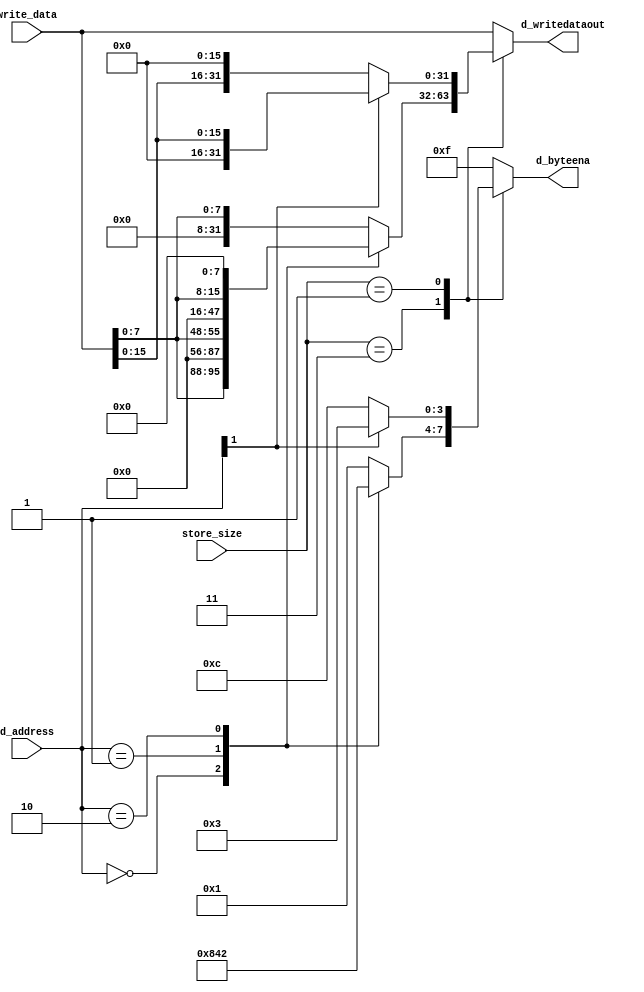
`define VAL 31
`define WIDTH 32
`define NUMREGS 32
`define LOG2NUMREGS 5
`define PC_WIDTH 30
`define I_DATAWIDTH 32
`define I_ADDRESSWIDTH 14
`define I_SIZE 16384
`define D_ADDRESSWIDTH 32
`define DM_DATAWIDTH 32
`define DM_BYTEENAWIDTH 4
`define DM_ADDRESSWIDTH 10
`define DM_SIZE 16384
`define     OP_SPECIAL       6'b000000
`define     OP_REGIMM        6'b000001
`define     OP_J             6'b000010
`define     OP_JAL           6'b000011
`define     OP_BEQ           6'b000100
`define     OP_BNE           6'b000101
`define     OP_BLEZ          6'b000110
`define     OP_BGTZ          6'b000111
`define     OP_ADDI          6'b001000
`define     OP_ADDIU         6'b001001
`define     OP_SLTI          6'b001010
`define     OP_SLTIU         6'b001011
`define     OP_ANDI          6'b001100
`define     OP_ORI           6'b001101
`define     OP_XORI          6'b001110
`define     OP_LUI           6'b001111
`define     OP_LB            6'b100000
`define     OP_LH            6'b100001
`define     OP_LWL           6'b100010
`define     OP_LW            6'b100011
`define     OP_LBU           6'b100100
`define     OP_LHU           6'b100101
`define     OP_LWR           6'b100110
`define     OP_SB            6'b101100
`define     OP_SH            6'b101101
`define     OP_SWL           6'b101010
`define     OP_SW            6'b101111
`define     OP_SWR           6'b101110
`define     FUNC_SLL         6'b000000
`define     FUNC_SRL         6'b000010
`define     FUNC_SRA         6'b000011
`define     FUNC_SLLV        6'b000100
`define     FUNC_SRLV        6'b000110
`define     FUNC_SRAV        6'b000111
`define     FUNC_JR          6'b001110
`define     FUNC_JALR        6'b001111
`define     FUNC_MFHI        6'b110100
`define     FUNC_MTHI        6'b110101
`define     FUNC_MFLO        6'b110110
`define     FUNC_MTLO        6'b110111
`define     FUNC_MULT        6'b111100
`define     FUNC_MULTU       6'b111101
`define     FUNC_DIV         6'b111110
`define     FUNC_DIVU        6'b111111
`define     FUNC_ADD         6'b100000
`define     FUNC_ADDU        6'b100001
`define     FUNC_SUB         6'b100010
`define     FUNC_SUBU        6'b100011
`define     FUNC_AND         6'b100100
`define     FUNC_OR          6'b100101
`define     FUNC_XOR         6'b100110
`define     FUNC_NOR         6'b100111
`define     FUNC_SLT         6'b101010
`define     FUNC_SLTU        6'b101011
`define     FUNC_BLTZ        1'b0
`define     FUNC_BGEZ        1'b1
`define     OP_COP2        6'b010010
`define     COP2_FUNC_CFC2      6'b111000
`define     COP2_FUNC_CTC2      6'b111010
`define     COP2_FUNC_MTC2      6'b111011
//`define     FUNC_BLTZAL      5'b10000
//`define     FUNC_BGEZAL      5'b10001
`define     FUNC_BLTZ        5'b00000
`define     FUNC_BGEZ        5'b00001
`define     FUNC_BLTZAL      5'b10000
`define     FUNC_BGEZAL      5'b10001
`define SIMULATION_MEMORY
//`define WIDTH 32
//`define WIDTH 32
//`define WIDTH 32
//`define WIDTH 32
//`define WIDTH 32
//`define WIDTH 32
//`define WIDTH 32
//`define WIDTH 32
//`define WIDTH 32
//`define WIDTH 32
//`define WIDTH 32
//`define WIDTH 32

module store_data_translator(
	write_data,    // data in least significant position
	d_address,
	store_size,
	d_byteena,
	d_writedataout // shifted data to coincide with address
);

//parameter WIDTH=32;

input [31:0] write_data;
input [1:0] d_address;
input [1:0] store_size;
output [3:0] d_byteena;
output [31:0] d_writedataout;

reg [3:0] d_byteena;
reg [31:0] d_writedataout;

always @(write_data or d_address or store_size)
begin
	case (store_size)
		2'b11:
			case(d_address[1:0])
				2'b00: 
				begin 
					d_byteena=4'b1000; 
					d_writedataout={write_data[7:0],24'b0}; 
				end
				2'b01: 
				begin 
					d_byteena=4'b0100; 
					d_writedataout={8'b0,write_data[7:0],16'b0}; 
				end
				2'b10: 
				begin 
					d_byteena=4'b0010; 
					d_writedataout={16'b0,write_data[7:0],8'b0}; 
				end
				default: 
				begin 
					d_byteena=4'b0001; 
					d_writedataout={24'b0,write_data[7:0]}; 
				end
			endcase
		2'b01:
			case(d_address[1])
				1'b0: 
				begin 
					d_byteena=4'b1100; 
					d_writedataout={write_data[15:0],16'b0}; 
				end
				default: 
				begin 
					d_byteena=4'b0011; 
					d_writedataout={16'b0,write_data[15:0]}; 
				end
			endcase
		default:
		begin
			d_byteena=4'b1111;
			d_writedataout=write_data;
		end
	endcase
end

endmodule